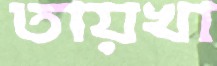
তায়খা